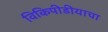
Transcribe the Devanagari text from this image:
विकिपीडीयाचा